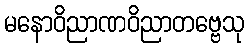
မနောဝိညာဏဝိညာတဗ္ဗေသု